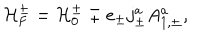
{ \cal H } _ { \mathrm { F } } ^ { \pm } = { \cal H } _ { 0 } ^ { \pm } \mp e _ { \pm } j _ { \pm } ^ { a } A _ { 1 , \pm } ^ { a } ,